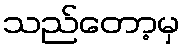
သည်တော့မှ